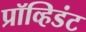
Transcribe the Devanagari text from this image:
प्रॉव्हिडंट